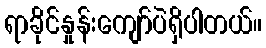
ရာခိုင်နှုန်းကျော်ပဲရှိပါတယ်။